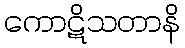
ကောဋိသတာနိ